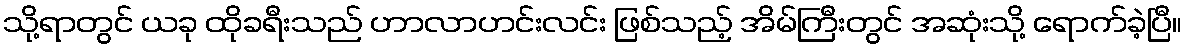
သို့ရာတွင် ယခု ထိုခရီးသည် ဟာလာဟင်းလင်း ဖြစ်သည့် အိမ်ကြီးတွင် အဆုံးသို့ ရောက်ခဲ့ပြီ။